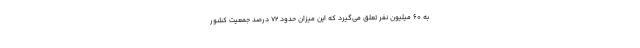
به ۶۰ میلیون نفر تعلق می‌گیرد که این میزان حدود ۷۲ درصد جمعیت کشور